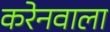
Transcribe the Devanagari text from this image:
करेनवाला